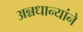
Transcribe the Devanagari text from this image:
अन्नधान्यांने